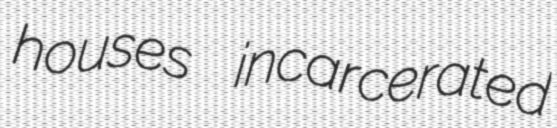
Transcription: houses incarcerated